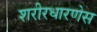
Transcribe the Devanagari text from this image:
शरीरधारणेस